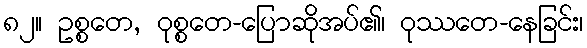
၈၂။ ဥစ္စတေ, ဝုစ္စတေ-ပြောဆိုအပ်၏၊ ဝုဿတေ-နေခြင်း၊